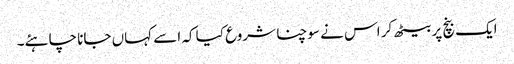
ایک بنچ پر بیٹھ کر اس نے سوچنا شروع کیا کہ اسے کہاں جانا چاہئے۔